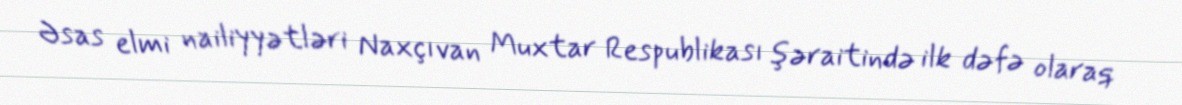
Əsas elmi nailiyyətləri Naxçıvan Muxtar Respublikası şəraitində ilk dəfə olaraq